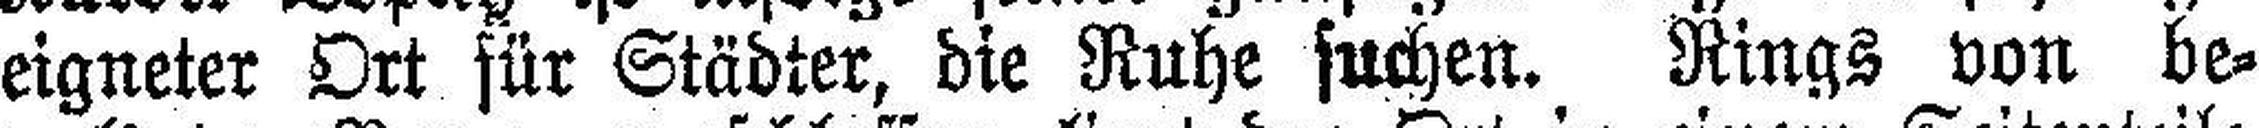
eigneter Ort für Städter, die Ruhe suchen. Rings von be¬